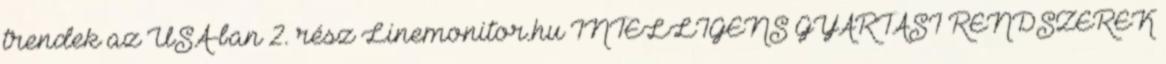
trendek az USA-ban 2. rész Linemonitor.hu INTELLIGENS GYÁRTÁSI RENDSZEREK